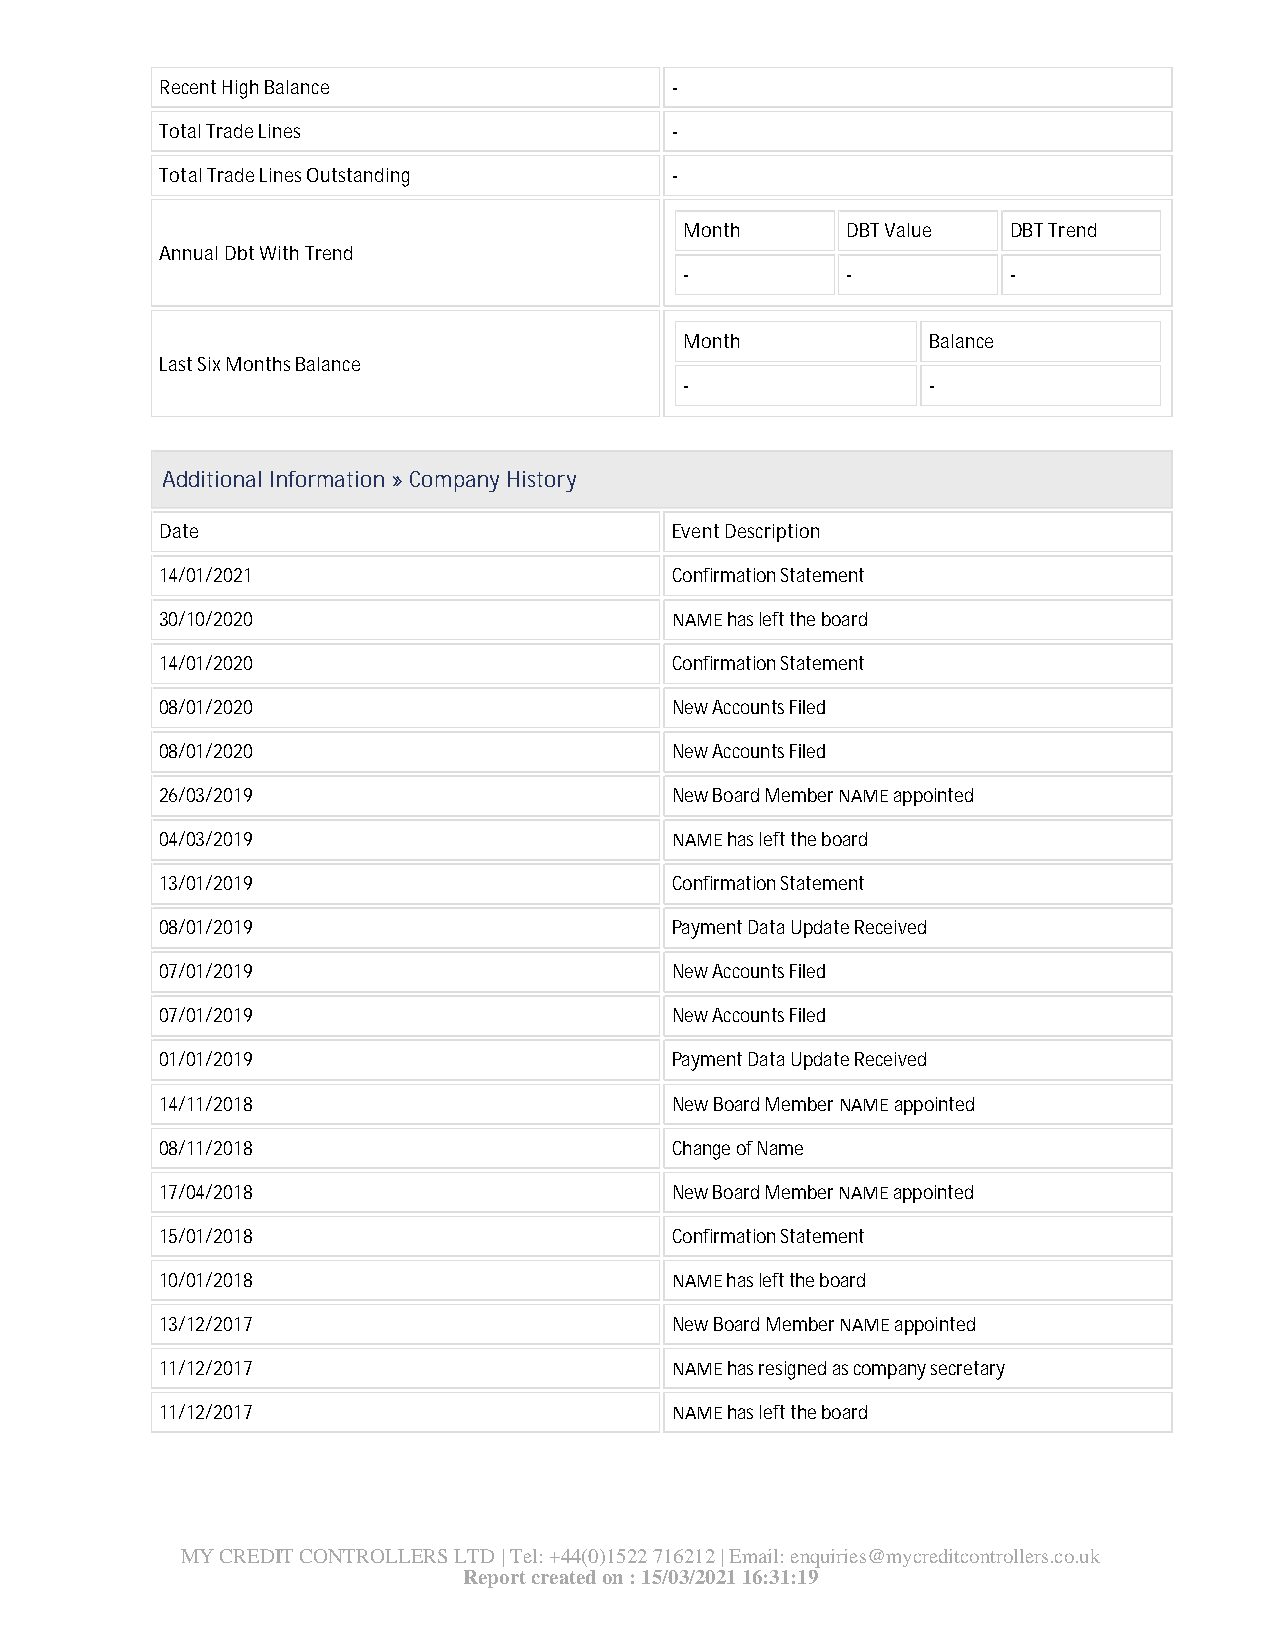
Recent High Balance              -
 Total Trade Lines                -
 Total Trade Lines Outstanding    -
 Month      DBT Value  DBT Trend
 Annual Dbt With Trend
 -          -          -
 Month           Balance
 Last Six Months Balance
 -               -
 Additional Information » Company History
 Date                             Event Description
 14/01/2021                       Confirmation Statement
 30/10/2020                       NAME has left the board
 14/01/2020                       Confirmation Statement
 08/01/2020                       New Accounts Filed
 08/01/2020                       New Accounts Filed
 26/03/2019                       New Board Member NAME appointed
 04/03/2019                       NAME has left the board
 13/01/2019                       Confirmation Statement
 08/01/2019                       Payment Data Update Received
 07/01/2019                       New Accounts Filed
 07/01/2019                       New Accounts Filed
 01/01/2019                       Payment Data Update Received
 14/11/2018                       New Board Member NAME appointed
 08/11/2018                       Change of Name
 17/04/2018                       New Board Member NAME appointed
 15/01/2018                       Confirmation Statement
 10/01/2018                       NAME has left the board
 13/12/2017                       New Board Member NAME appointed
 11/12/2017                       NAME has resigned as company secretary
 11/12/2017                       NAME has left the board
 MY CREDIT CONTROLLERS LTD | Tel: +44(0)1522 716212 | Email: enquiries@mycreditcontrollers.co.uk
 Report created on : 15/03/2021 16:31:19